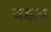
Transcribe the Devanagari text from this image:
वड़अ